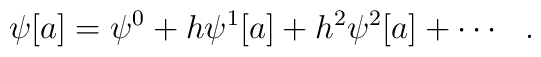
\psi[a]=\psi^0 +h\psi^1[a]+h^2\psi^2[a]+ \cdots \hspace{3mm}.